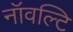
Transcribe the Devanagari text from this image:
नॉवल्टि